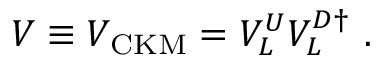
V \equiv V _ { \mathrm { C K M } } = V _ { L } ^ { U } V _ { L } ^ { D \dagger } \ .